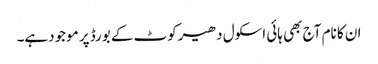
ان کا نام آج بھی ہائی اسکول دھیرکوٹ کے بورڈ پر موجودہے۔